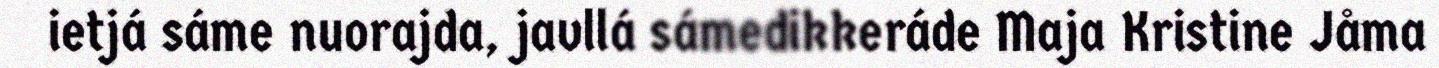
ietjá sáme nuorajda, javllá sámedikkeráde Maja Kristine Jåma